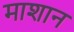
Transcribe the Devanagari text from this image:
माशान